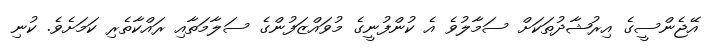
އޭޖެންސީގެ އިރުޝާދުތަކަށް ސަމާލުވެ އެ ކުންފުނީގެ މުވައްޒަފުންގެ ސަލާމަތާއި ރައްކާތެރި ކަމަށެވެ. ކުނި